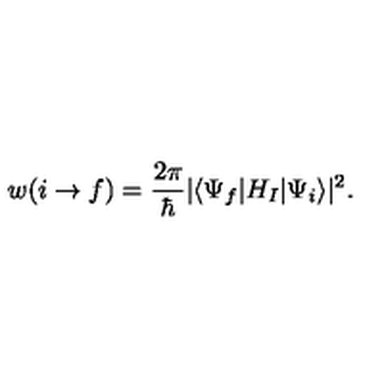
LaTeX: w ( i \rightarrow f ) = { \frac { 2 \pi } { \hbar } } | \langle \Psi _ { f } | H _ { I } | \Psi _ { i } \rangle | ^ { 2 } .